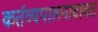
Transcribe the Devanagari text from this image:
कर्तव्यपालनाबाबत